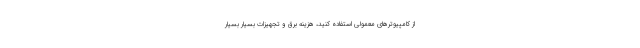
از کامپیوترهای معمولی استفاده کنید، هزینه برق و تجهیزات بسیار بسیار